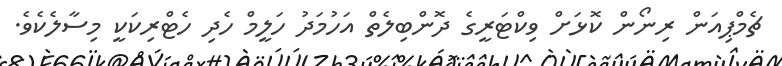
ޗެމްޕިއަން ރިނޯން ކޮޅަށް ވިކްޓަރީގެ ދޮންބިލެތް އަހުމަދު ހަލީމް ހެދި ހެޓްރިކަކީ މިސާލެކެވެ.